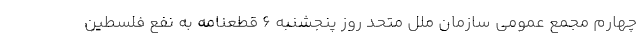
چهارم مجمع عمومی سازمان ملل متحد روز پنجشنبه ۶ قطعنامه به نفع فلسطین